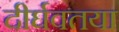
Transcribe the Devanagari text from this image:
दीर्घवतया